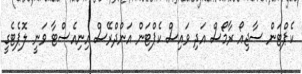
ކެޕްޓަން ސާޖިއޯ ރާމޯސް އަދި ވައިސް ކެޕްޓަން އަންދްރޭސް އިނިއެސްޓާ ވަނީ ލޮޕެޓެގީ